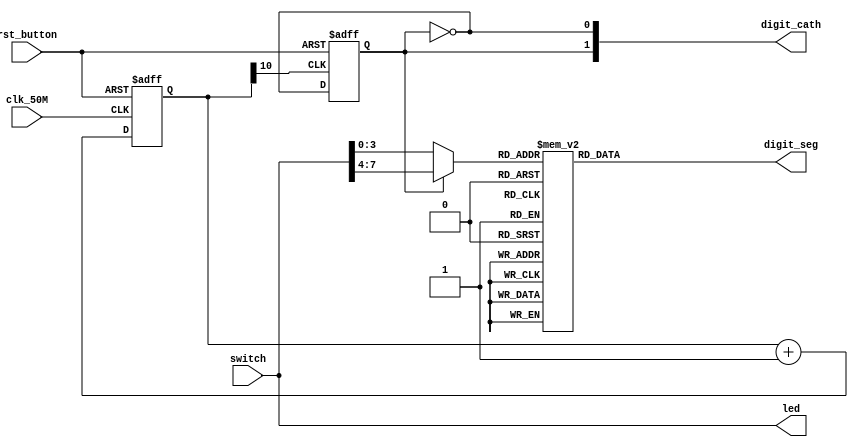
module LED_test_and_seg_demo(clk_50M,rst_button, switch, led, digit_seg, digit_cath);
input clk_50M; //50M
input rst_button;
input [7:0] switch;
output reg [7:0] digit_seg; //
    output [7:0] led;
      assign led = switch;

output [1:0] digit_cath; //2
wire reset; //
assign reset = rst_button;

//32div_count
reg [31:0] div_count;
always @(posedge clk_50M,posedge reset)
begin
    if(reset)
        div_count <= 0;   //
    else
        div_count <= div_count + 1;
end

//4
wire [7:0] digit_display;
assign digit_display = switch;

wire [3:0] digit;
always @(*)      //
begin
    case (digit)
        4'h0:  digit_seg <= 8'b11111100; //0~F
        4'h1:  digit_seg <= 8'b01100000;   
        4'h2:  digit_seg <= 8'b11011010;
        4'h3:  digit_seg <= 8'b11110010;
        4'h4:  digit_seg <= 8'b01100110;
        4'h5:  digit_seg <= 8'b10110110;
        4'h6:  digit_seg <= 8'b10111110;
        4'h7:  digit_seg <= 8'b11100000;
        4'h8:  digit_seg <= 8'b11111110;
        4'h9:  digit_seg <= 8'b11110110;
        4'hA:  digit_seg <= 8'b11101110;
        4'hB:  digit_seg <= 8'b00111110;
        4'hC:  digit_seg <= 8'b10011100;
        4'hD:  digit_seg <= 8'b01111010;
        4'hE:  digit_seg <= 8'b10011110;
        4'hF:  digit_seg <= 8'b10001110;
    endcase
end

//3210
reg segcath_holdtime;
always @(posedge div_count[10], posedge reset)
begin
if(reset)
     segcath_holdtime <= 0;
else
     segcath_holdtime <= ~segcath_holdtime;
end

//7
assign digit_cath ={segcath_holdtime, ~segcath_holdtime};
// 
assign digit =segcath_holdtime ? digit_display[7:4] : digit_display[3:0];

endmodule